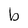
Character: b